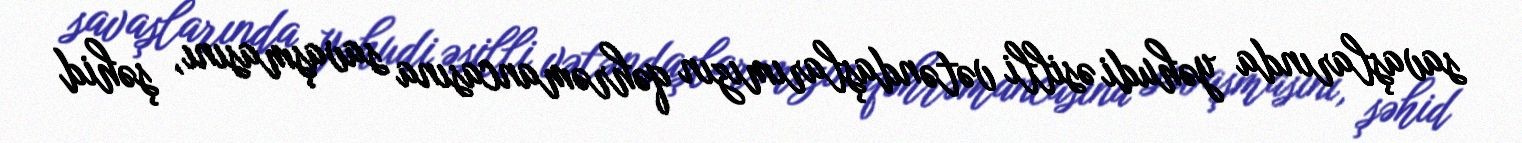
savaşlarında yəhudi əsilli vətəndaşlarımızın qəhrəmancasına savaşmasını, şəhid